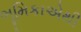
ભૂમિકાએથી